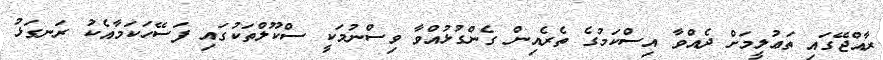
ރާއްޖޭގައި ތަޢުލީމަށް ދެއްވާ އިސްކަމުގެ ތެރެއިން ގެންގުޅުއްވާ ވިސްނުމަކީ ސްކޫލްތަކުގައި ފަސޭހަކަމާއެކު ރަނގަޅު